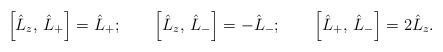
\begin{align*} \left[ \hat{L}_z ,\, \hat{L}_+ \right] = \hat{L}_+ ;\qquad \left[ \hat{L}_z ,\, \hat{L}_- \right] = - \hat{L}_- ;\qquad \left[ \hat{L}_+ ,\, \hat{L}_- \right] = 2 \hat{L}_z .\end{align*}